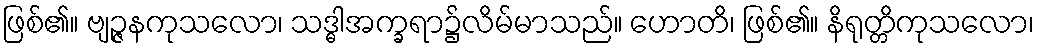
ဖြစ်၏။ ဗျဉ္ဇနကုသလော၊ သဒ္ဓါအက္ခရာ၌လိမ်မာသည်။ ဟောတိ၊ ဖြစ်၏။ နိရုတ္တိကုသလော၊